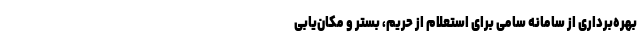
بهره‌برداری از سامانه سامی برای استعلام از حریم،‌ بستر و مکان‌یابی